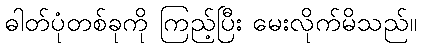
ဓါတ်ပုံတစ်ခုကို ကြည့်ပြီး မေးလိုက်မိသည်။